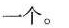
一个。